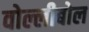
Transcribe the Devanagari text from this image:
वोल्लीबोल